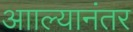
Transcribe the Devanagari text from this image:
आाल्यानंतर